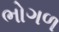
ભોગળ